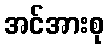
အင်အားစု